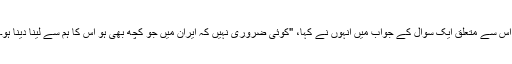
اس سے متعلق ایک سوال کے جواب میں انہوں نے کہا، "کوئی ضروری نہیں کہ ایران میں جو کچھ بھی ہو اس کا ہم سے لینا دینا ہو۔